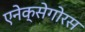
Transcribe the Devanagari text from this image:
एनेक्सेगोरस